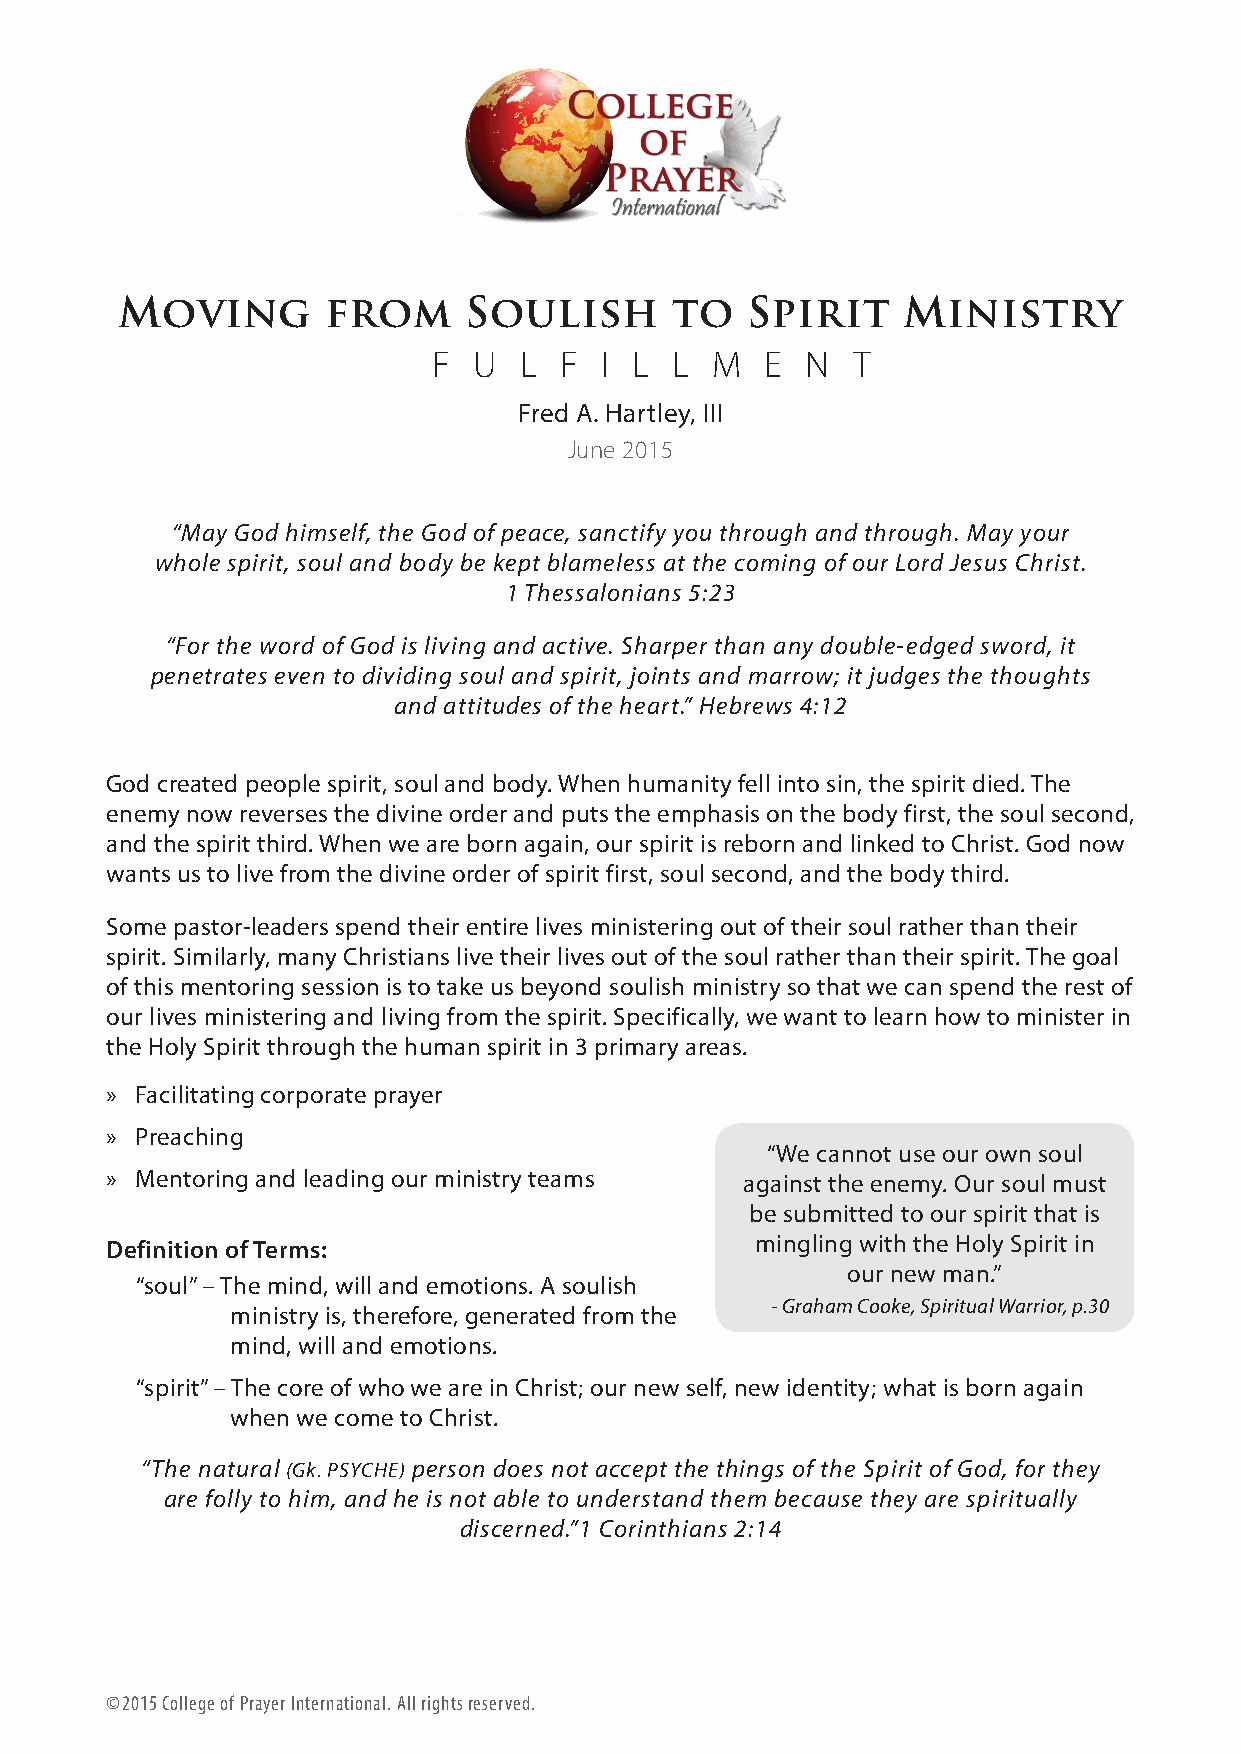
Moving        from     Soulish      to   Spirit     Ministry
 F U  L  F  I L L  M   E N  T
 Fred A. Hartley, III
 June 2015
 “May God himself, the God of peace, sanctify you through and through. May your
 whole spirit, soul and body be kept blameless at the coming of our Lord Jesus Christ.
 1 Thessalonians 5:23
 “For the word of God is living and active. Sharper than any double-edged sword, it
 penetrates even to dividing soul and spirit, joints and marrow; it judges the thoughts
 and attitudes of the heart.” Hebrews 4:12
 God created people spirit, soul and body. When humanity fell into sin, the spirit died. The
 enemy now reverses the divine order and puts the emphasis on the body first, the soul second,
 and the spirit third. When we are born again, our spirit is reborn and linked to Christ. God now
 wants us to live from the divine order of spirit first, soul second, and the body third.
 Some pastor-leaders spend their entire lives ministering out of their soul rather than their
 spirit. Similarly, many Christians live their lives out of the soul rather than their spirit. The goal
 of this mentoring session is to take us beyond soulish ministry so that we can spend the rest of
 our lives ministering and living from the spirit. Specifically, we want to learn how to minister in
 the Holy Spirit through the human spirit in 3 primary areas.
 » Facilitating corporate prayer
 » Preaching
 “We cannot use our own soul
 » Mentoring and leading our ministry teams against the enemy. Our soul must
 be submitted to our spirit that is
 Definition of Terms:                       mingling with the Holy Spirit in
 our new man.”
 “soul” – The mind, will and emotions. A soulish
 - Graham Cooke, Spiritual Warrior, p.30
 ministry is, therefore, generated from the
 mind, will and emotions.
 “spirit” – The core of who we are in Christ; our new self, new identity; what is born again
 when we come to Christ.
 “The natural (Gk. PSYCHE) person does not accept the things of the Spirit of God, for they
 are folly to him, and he is not able to understand them because they are spiritually
 discerned.”1 Corinthians 2:14
 ©2015 College of Prayer International. All rights reserved.